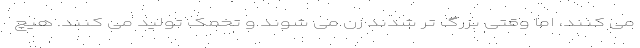
می کنند، اما وقتی بزرگ تر شدند زن می شوند و تخمک تولید می کنند. هیچ